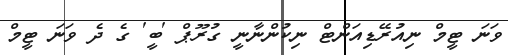
ވަނަ ޓީމް ނިއުރޭޑިއަންޓް ނިކުންނާނީ ގުރޫޕް 'ބީ' ގެ ދެ ވަނަ ޓީމް